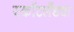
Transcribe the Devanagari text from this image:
स्कॉटलँडचा